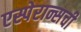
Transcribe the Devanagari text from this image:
एस्पेरान्सची